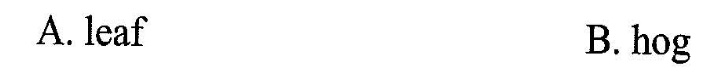
A. leaf B.hog